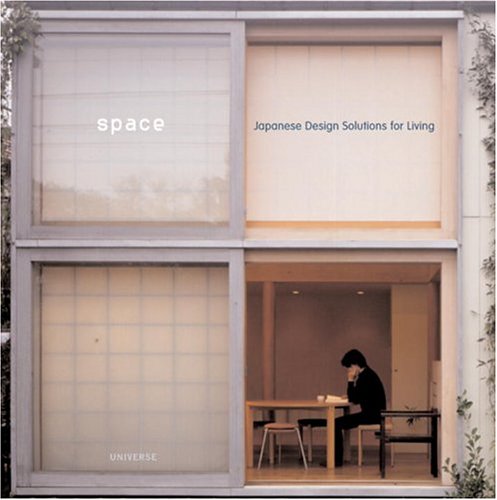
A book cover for Space: Japanese Design Solutions for Compact Living; Michael Freeman; Crafts, Hobbies & Home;